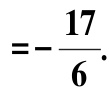
$=-\frac{17}{6}.$